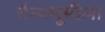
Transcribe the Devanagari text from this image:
चैत्यभूमीला